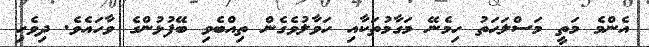
އެންމެ މަތީ މަސްލަޙަތު ހިމެނޭ މަގާމުތަކާއި ހަވާލުވެގެން ތިއްބެވި ބޭފުޅުންގެ ވާހައެވެ. ދިވެހި